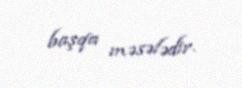
başqa məsələdir.